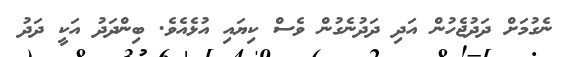
ނެގުމަށް ދަދުޖެހުން އަދި ދަދުނެގުން ވެސް ކިޔައި އުޅެއެވެ. ބިންދަދު އަކީ ދަދު